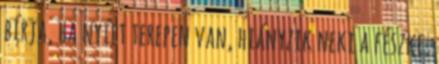
bírja, ha nyílt terepen van, hiányzik neki a fészke.